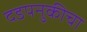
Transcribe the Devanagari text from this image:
दडपनुकीचा